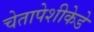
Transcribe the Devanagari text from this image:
चेतापेशीकेडे